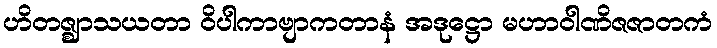
ဟိတဇ္ဈာသယတာ ဝိပါကာဗျာကတာနံ အဒုဋ္ဌော မဟာဝါဏိဇဇာတကံ